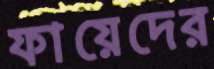
ফায়েদের